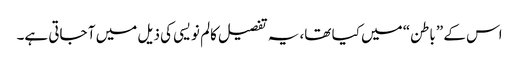
اس کے ”باطن“ میں کیا تھا، یہ تفصیل کالم نویسی کی ذیل میں آ جاتی ہے۔